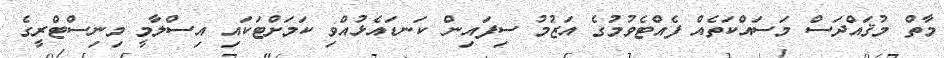
މާތް މުޤައްދަސް މަސައްކަތެއް ފެއްޓެވުމުގެ އަޒުމު ސިފައިން ކަނޑައެޅުއްވި ކަމަށްޓަކައި އިސްލާމީ މިނިސްޓްރީގެ